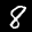
Label: 8